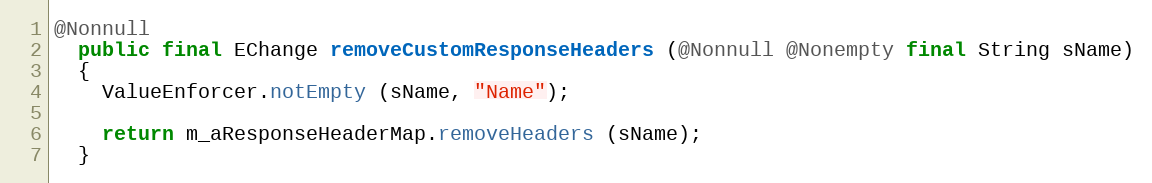
Language: Java
@Nonnull
  public final EChange removeCustomResponseHeaders (@Nonnull @Nonempty final String sName)
  {
    ValueEnforcer.notEmpty (sName, "Name");

    return m_aResponseHeaderMap.removeHeaders (sName);
  }